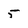
Character: 5